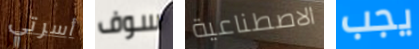
أسرتي سوف الاصطناعية يجب